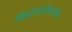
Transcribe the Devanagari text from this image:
सिद्धांतप्रतिपादित